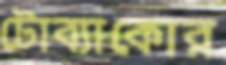
টোব্যাকোর